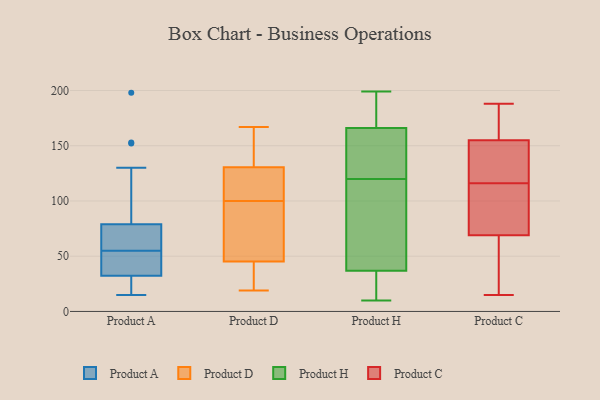
{"axis": {"x": "Website Visitors", "y": "Value"}, "legend": ["Product A", "Product C", "Product D", "Product H"], "data": [{"x": "", "y": 15, "type": "Product A"}, {"x": "", "y": 198, "type": "Product A"}, {"x": "", "y": 55, "type": "Product A"}, {"x": "", "y": 57, "type": "Product A"}, {"x": "", "y": 21, "type": "Product A"}, {"x": "", "y": 32, "type": "Product A"}, {"x": "", "y": 153, "type": "Product A"}, {"x": "", "y": 46, "type": "Product A"}, {"x": "", "y": 152, "type": "Product A"}, {"x": "", "y": 65, "type": "Product A"}, {"x": "", "y": 35, "type": "Product A"}, {"x": "", "y": 130, "type": "Product A"}, {"x": "", "y": 79, "type": "Product A"}, {"x": "", "y": 32, "type": "Product A"}, {"x": "", "y": 29, "type": "Product A"}, {"x": "", "y": 48, "type": "Product A"}, {"x": "", "y": 61, "type": "Product A"}, {"x": "", "y": 33, "type": "Product A"}, {"x": "", "y": 79, "type": "Product A"}, {"x": "", "y": 28, "type": "Product D"}, {"x": "", "y": 100, "type": "Product D"}, {"x": "", "y": 101, "type": "Product D"}, {"x": "", "y": 167, "type": "Product D"}, {"x": "", "y": 24, "type": "Product D"}, {"x": "", "y": 136, "type": "Product D"}, {"x": "", "y": 97, "type": "Product D"}, {"x": "", "y": 156, "type": "Product D"}, {"x": "", "y": 100, "type": "Product D"}, {"x": "", "y": 19, "type": "Product D"}, {"x": "", "y": 114, "type": "Product D"}, {"x": "", "y": 98, "type": "Product H"}, {"x": "", "y": 10, "type": "Product H"}, {"x": "", "y": 169, "type": "Product H"}, {"x": "", "y": 115, "type": "Product H"}, {"x": "", "y": 19, "type": "Product H"}, {"x": "", "y": 165, "type": "Product H"}, {"x": "", "y": 199, "type": "Product H"}, {"x": "", "y": 169, "type": "Product H"}, {"x": "", "y": 153, "type": "Product H"}, {"x": "", "y": 42, "type": "Product H"}, {"x": "", "y": 21, "type": "Product H"}, {"x": "", "y": 156, "type": "Product H"}, {"x": "", "y": 120, "type": "Product H"}, {"x": "", "y": 17, "type": "Product C"}, {"x": "", "y": 98, "type": "Product C"}, {"x": "", "y": 50, "type": "Product C"}, {"x": "", "y": 156, "type": "Product C"}, {"x": "", "y": 15, "type": "Product C"}, {"x": "", "y": 39, "type": "Product C"}, {"x": "", "y": 149, "type": "Product C"}, {"x": "", "y": 116, "type": "Product C"}, {"x": "", "y": 106, "type": "Product C"}, {"x": "", "y": 106, "type": "Product C"}, {"x": "", "y": 154, "type": "Product C"}, {"x": "", "y": 159, "type": "Product C"}, {"x": "", "y": 150, "type": "Product C"}, {"x": "", "y": 116, "type": "Product C"}, {"x": "", "y": 88, "type": "Product C"}, {"x": "", "y": 35, "type": "Product C"}, {"x": "", "y": 173, "type": "Product C"}, {"x": "", "y": 182, "type": "Product C"}, {"x": "", "y": 119, "type": "Product C"}, {"x": "", "y": 188, "type": "Product C"}]}